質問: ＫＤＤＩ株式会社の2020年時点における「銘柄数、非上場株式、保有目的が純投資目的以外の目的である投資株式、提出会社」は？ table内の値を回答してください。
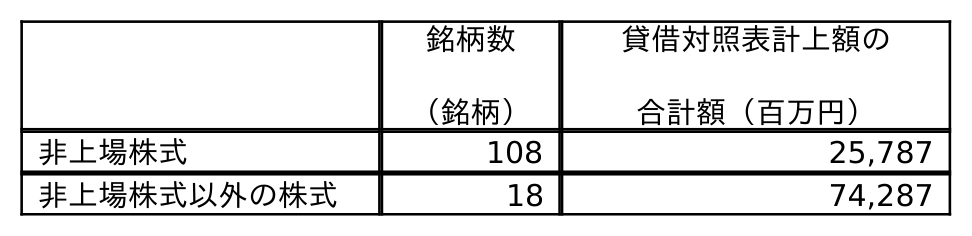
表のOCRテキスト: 銘柄数 （銘柄） 貸借対照表計上額の 合計額（百万円） 非上場株式 108 25,787 非上場株式以外の株式 18 74,287
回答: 108